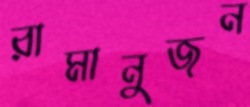
রামানুজন